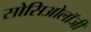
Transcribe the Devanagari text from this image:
सोसिओलॉजी